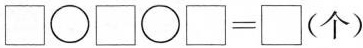
$$\Box \bigcirc \Box \bigcirc \Box = \Box$$(个)